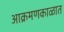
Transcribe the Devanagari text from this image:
आक्रमणकाळात